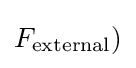
F_{\text{external}})